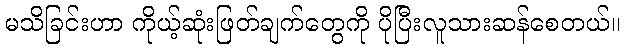
မသိခြင်းဟာ ကိုယ့်ဆုံးဖြတ်ချက်တွေကို ပိုပြီးလူသားဆန်စေတယ်။